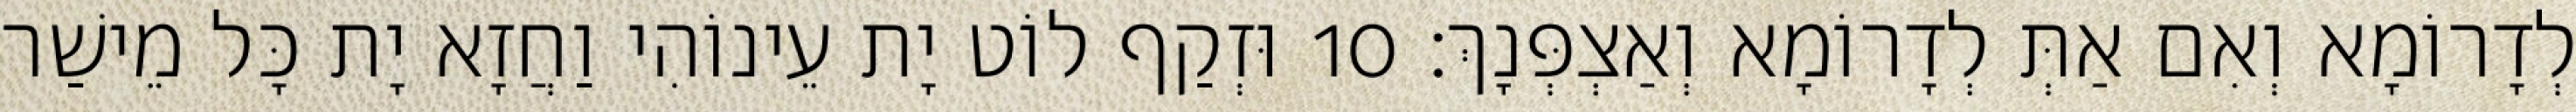
לְדָרוֹמָא וְאִם אַתְּ לְדָרוֹמָא וְאַצְפְּנָךְ׃ 10 וּזְקַף לוֹט יָת עֵינוֹהִי וַחֲזָא יָת כָּל מֵישַׁר